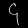
Digit: ၄